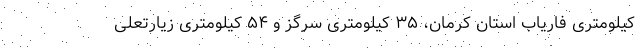
کیلومتری فاریاب استان کرمان، ۳۵ کیلومتری سرگز و ۵۴ کیلومتری زیارتعلی